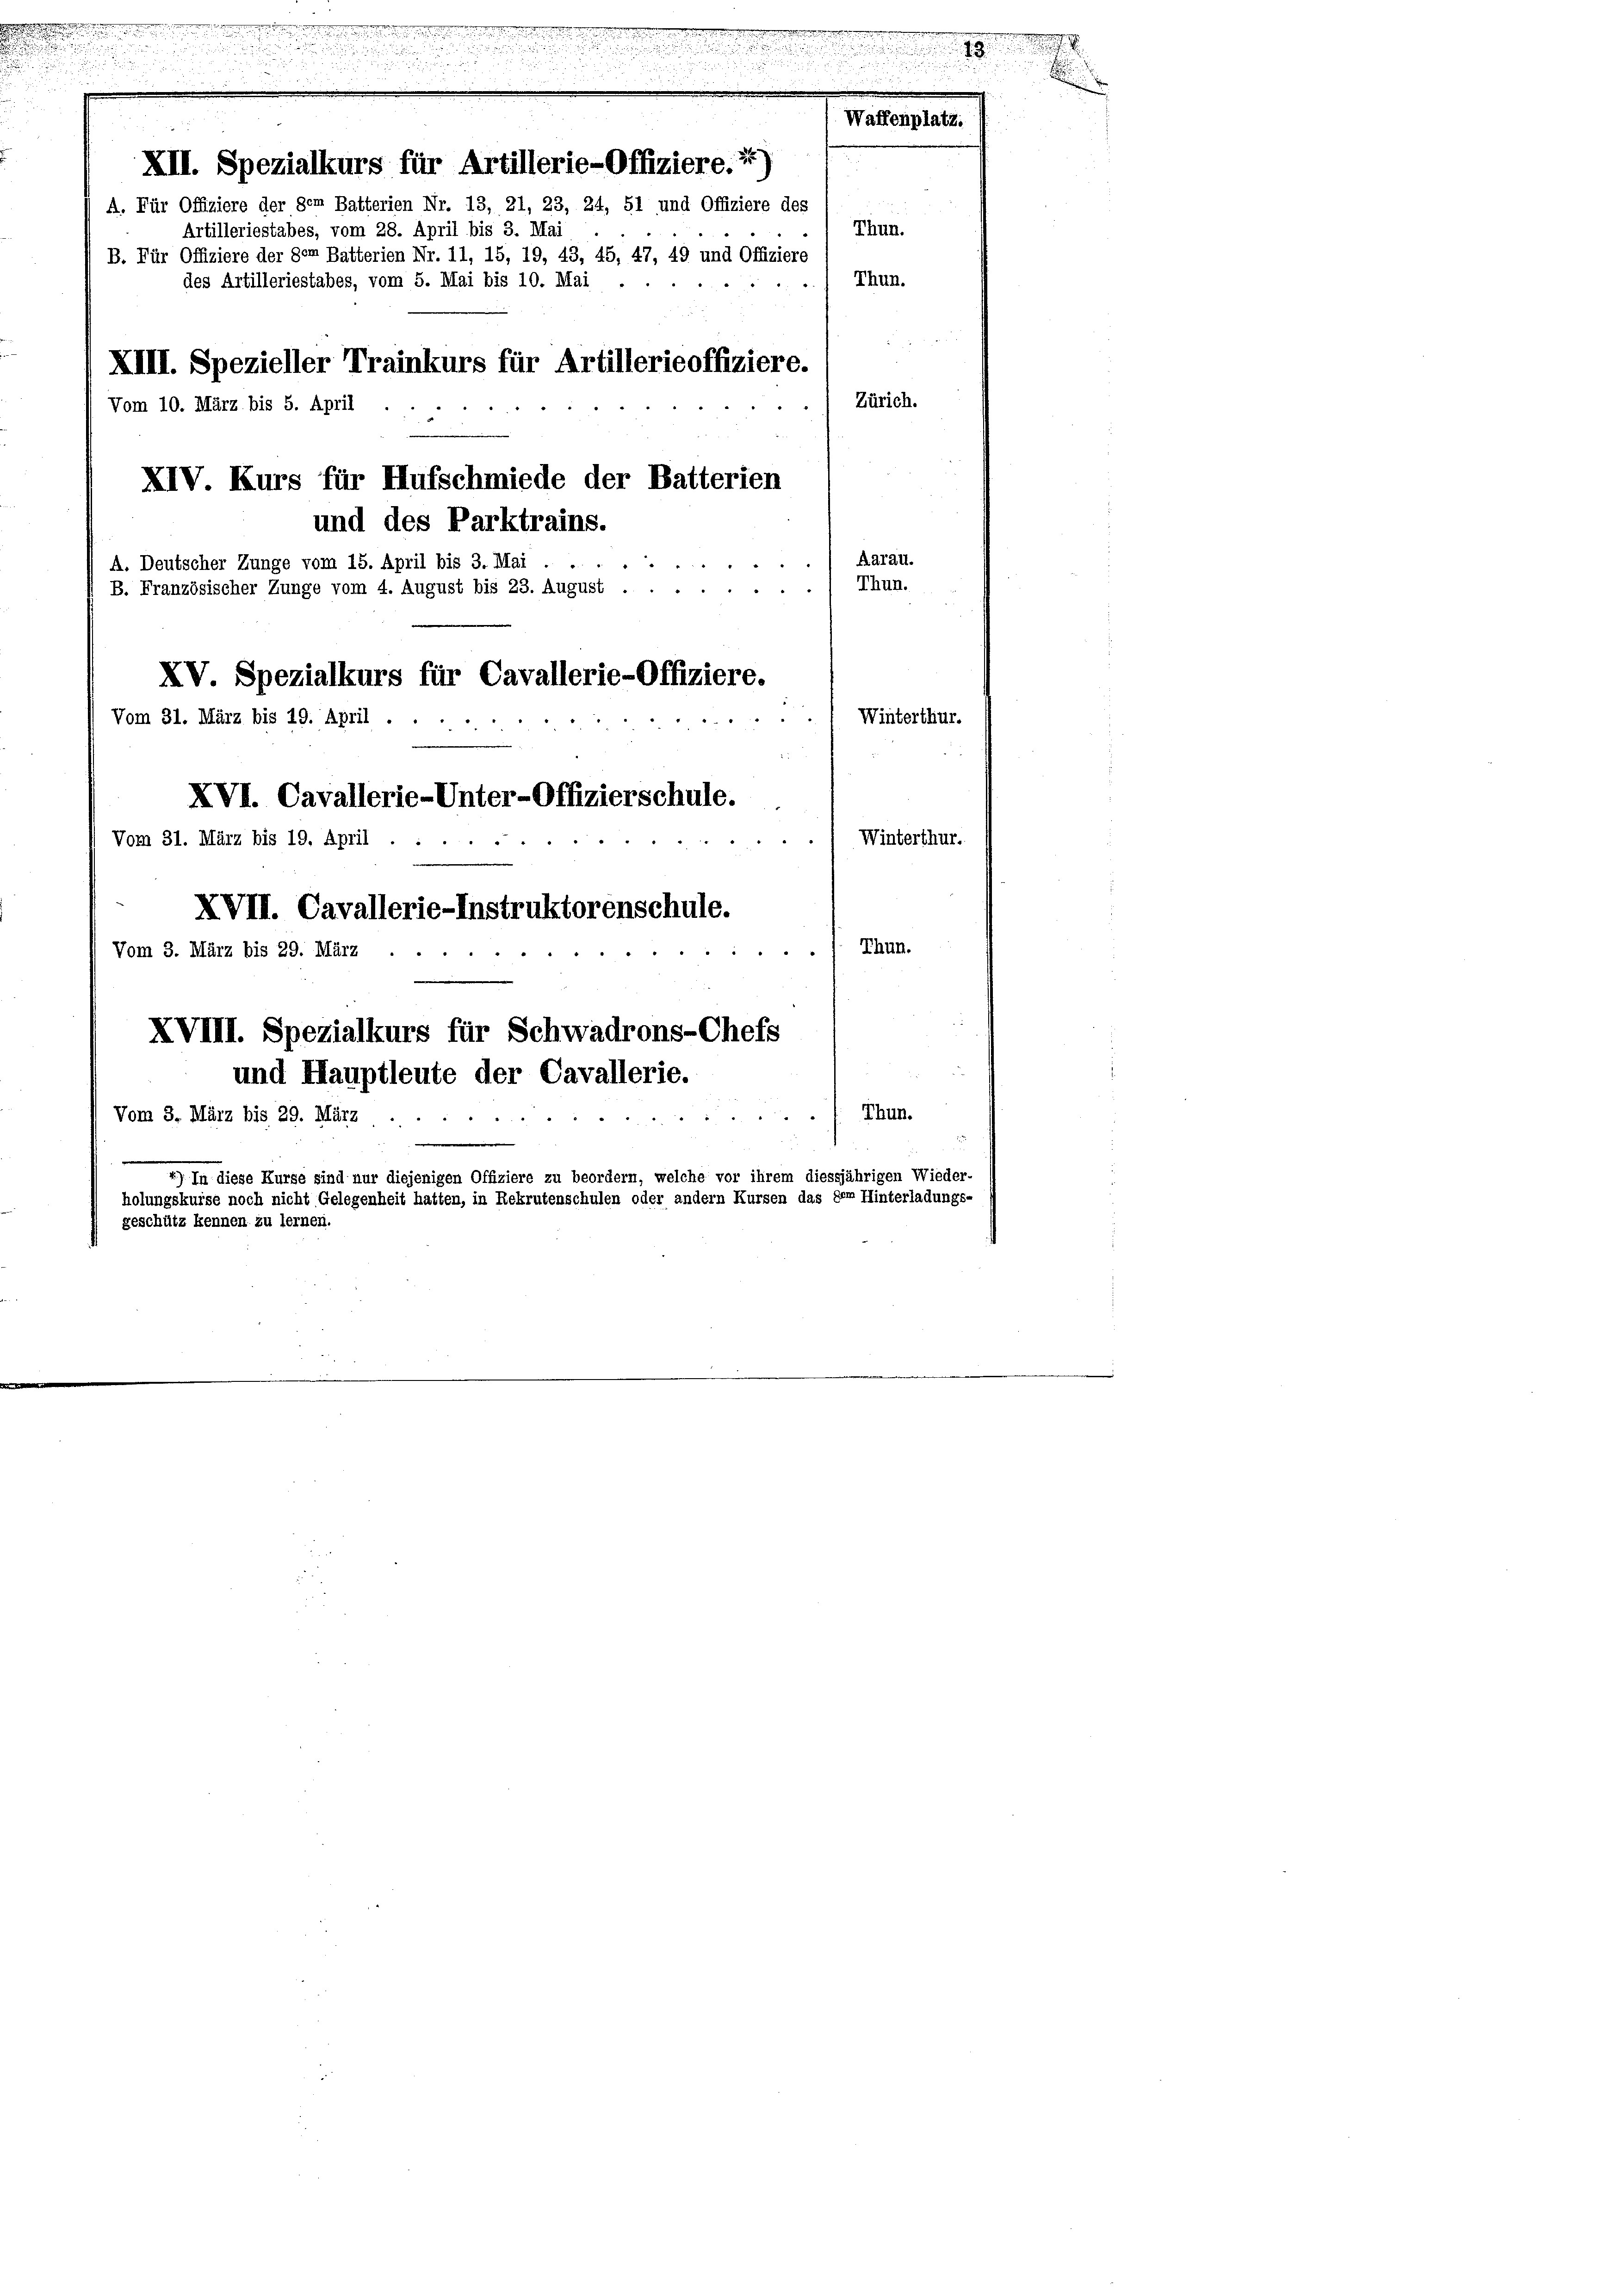
.

Waffenplatz.
XII. Spezialkurs für Artillerie-Offiziere.1)
A. Für Offiziere der dem Batterien Nr. 13, 21, 23, 24, 51 und Offiziere des
Artilleriestabes, vom 28. April bis 3. Mai
B. Für Offiziere der der Batterien Nr. 11, 15, 19, 43, 45, 47, 49 und Offiziere
des Artilleriestabes, vom 5. Mai bis 10. Mai
XIII. Spezieller Trainkurs für Artillerieoffiziere.
Vom 10. März bis 5. April
XIV. Kurs für Aufschmiede der Batterien
und des Parktrains.
Aarau.
A. Deutscher Zunge vom 15. April bis 3. Mai
Thun.
B. Französischer Zunge vom 4. August bis 23. August . . .
" " " "
XV. Spezialkurs für Cavallerie-Offiziere.
Winterthur.
Vom 31. März bis 19. April ...
XVI. Cavallerie-Unter-Offizierschule.
Winterthur.
4
Vom 31. März bis 19. April .
XVII. Cavallerie-Instruktorenschule.
Thun.
Vom 3. März bis 29. März -
XVIII. Spezialkurs für Schwadrons-Chefs
und Hauptleute der Cavallerie.
Thun.
Vom 3. März bis 29. März
*) In diese Kurse sind nur diejenigen Offiziere zu beordern, welche vor ihrem diessjährigen Wieder-
holungskurse noch nicht Gelegenheit hatten, in Rekrutenschulen oder andern Kursen das dem Hinterladungs-
geschütz kennen zu lernen.

Thun.
Thun.
Zürich.

18.